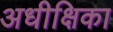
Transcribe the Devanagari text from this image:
अधीक्षिका